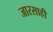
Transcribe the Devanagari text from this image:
जारसाही